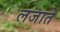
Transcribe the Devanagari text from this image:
लजाते